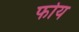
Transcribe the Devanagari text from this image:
फोय